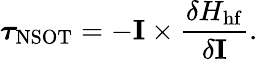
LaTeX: \boldsymbol\tau_{\mathrm{NSOT}}=-\mathbf{I}\times\frac{\delta H_{\mathrm{hf}}}{\delta\mathbf{I}}.